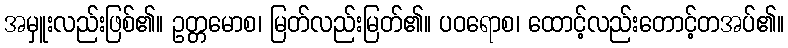
အမှူးလည်းဖြစ်၏။ ဥတ္တမောစ၊ မြတ်လည်းမြတ်၏။ ပဝရောစ၊ ထောင့်လည်းတောင့်တအပ်၏။